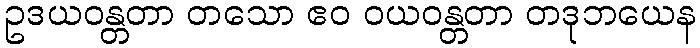
ဥဒယဝန္တတာ တသော ဧဝ ဝယဝန္တတာ တဒုဘယေန